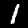
Label: 1